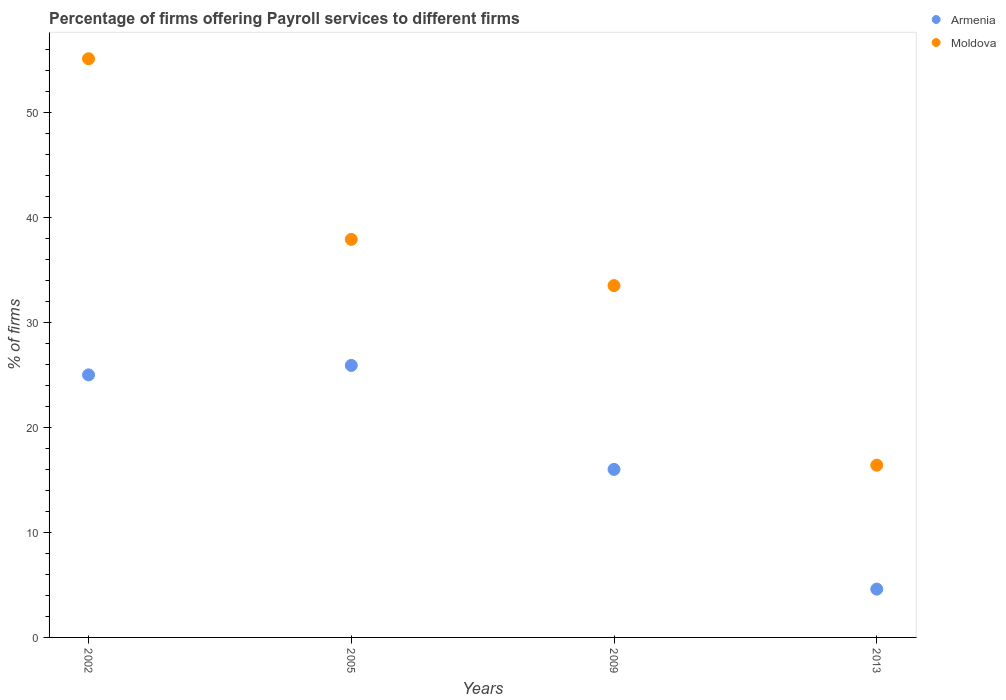
| Years | Armenia | Moldova |
 | --- | --- | --- |
 | 2002 | 25 | 55.1 |
 | 2005 | 25.9 | 37.9 |
 | 2009 | 16 | 33.5 |
 | 2013 | 4.6 | 16.4 |